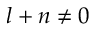
l + n \neq 0